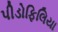
પીડોફિલિયા